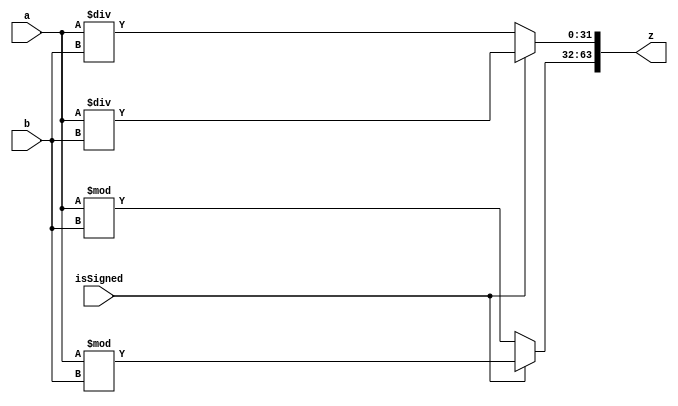
`timescale 1ns / 1ps
//////////////////////////////////////////////////////////////////////////////////
// Company: 
// Engineer: 
// 
// Design Name: 
// Module Name: divider
// Project Name: 
// Target Devices: 
// Tool Versions: 
// Description: 
// 
// Dependencies: 
// 
// Revision:
// Revision 0.01 - File Created
// Additional Comments:
// 
//////////////////////////////////////////////////////////////////////////////////


module divider (
    input [31:0]a,
    input [31:0]b,
    input isSigned,
    output[63:0]z

);

// $signed(a) / $signed(b)

reg [31:0]_hi,_lo;
always @(*)
begin
if(isSigned)
begin
    _hi =  $signed(a)% $signed(b);
    _lo = $signed(a) / $signed(b);
   
end
else begin
   _hi = a%b;
   _lo = a/b;
end
end
assign  z = {_hi,_lo};
endmodule